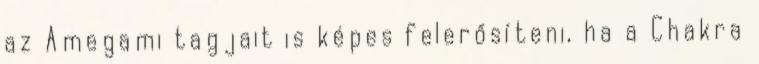
az Amegami tagjait is képes felerősíteni, ha a Chakra